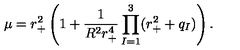
\mu = r _ { + } ^ { 2 } \left( 1 + \frac { 1 } { R ^ { 2 } r _ { + } ^ { 4 } } \prod _ { I = 1 } ^ { 3 } ( r _ { + } ^ { 2 } + q _ { I } ) \right) .